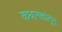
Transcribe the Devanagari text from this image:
कथानकांतून